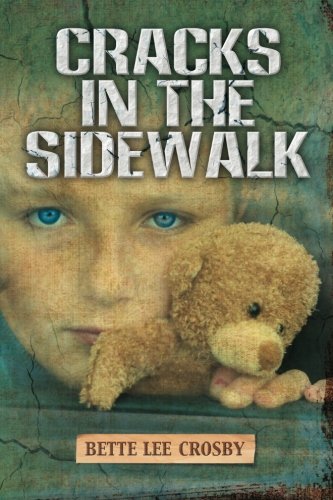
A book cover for Cracks In The Sidewalk; Bette Lee Crosby; Literature & Fiction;